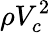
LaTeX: \rho V_{c}^{2}